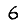
Digit: 6